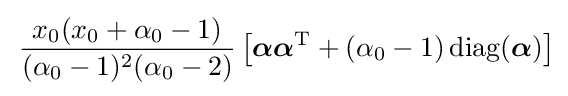
\,{\frac {x_{0}(x_{0}+\alpha _{0}-1)}{(\alpha _{0}-1)^{2}(\alpha _{0}-2)}}\left[{\boldsymbol {\alpha }}{\boldsymbol {\alpha }}^{\operatorname {T} }+(\alpha _{0}-1)\operatorname {diag} ({\boldsymbol {\alpha }})\right]